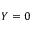
Y = 0